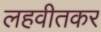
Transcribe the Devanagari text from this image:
लहवीतकर